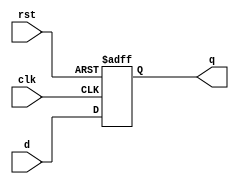
`timescale 1ns / 1ps
////////////////////////////////////////////////////////////////////////////////////////////////////////
module dff_16bit(d, clk, rst, q);
input clk, rst;
input [15:0] d;
output [15:0] q;
reg [15:0] q;

always @ (posedge clk or posedge rst) begin
	if (rst == 1'b1)
		q <= 15'b0;
	else 
		q <= d;
end

endmodule